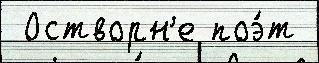
 Остворн'е поэ́т